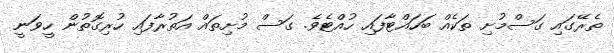
ތެރޭގައި ގަސްމުށި ތަކެއް ބަހައްޓާފައި ހުއްޓެވެ. ގަސް މުށިތައް އަތުރާފައި ހުރިގޮތުން ހީވަނީ